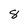
Character: 8